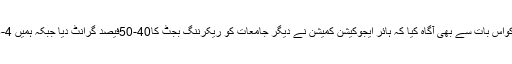
وائس چانسلر نے اجلاس کواس بات سے بھی آگاہ کیا کہ ہائر ایجوکیشن کمیشن نے دیگر جامعات کو ریکرننگ بجٹ کا40-50فیصد گرانٹ دیا جبکہ ہمیں 4-5فیصد گرانٹ دیا گیا ہے۔